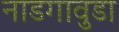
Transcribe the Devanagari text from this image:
नाडगावुडा